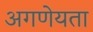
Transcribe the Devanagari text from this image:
अगणेयता